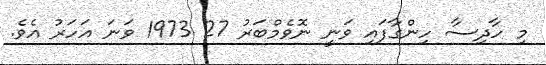
މި ހާދިސާ ހިންގާފައި ވަނީ ނޮވެމްބަރު 27 1973 ވަނަ އަހަރު އެވެ.